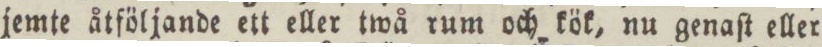
jemte åtföljande ett eller twå rum och kök, nu genaſt eller